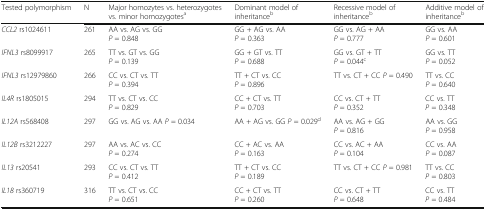
<table><thead><tr><td><b>Tested polymorphism</b></td><td><b>N</b></td><td><b>Major homozytes vs. heterozygotes vs. minor homozygotes<sup>a</sup></b></td><td><b>Dominant model of inheritance<sup>b</sup></b></td><td><b>Recessive model of inheritance<sup>b</sup></b></td><td><b>Additive model of inheritance<sup>b</sup></b></td></tr></thead><tbody><tr><td><i>CCL2</i> rs1024611</td><td>261</td><td>AA vs. AG vs. GG<i>P</i> = 0.848</td><td>GG + AG vs. AA<i>P</i> = 0.363</td><td>GG vs. AG + AA<i>P</i> = 0.777</td><td>GG vs. AA<i>P</i> = 0.601</td></tr><tr><td><i>IFNL3</i> rs8099917</td><td>265</td><td>TT vs. GT vs. GG<i>P</i> = 0.139</td><td>GG + GT vs. TT<i>P</i> = 0.688</td><td>GG vs. GT + TT<i>P</i> = 0.044<sup>c</sup></td><td>GG vs. TT<i>P</i> = 0.052</td></tr><tr><td><i>IFNL3</i> rs12979860</td><td>266</td><td>CC vs. CT vs. TT<i>P</i> = 0.394</td><td>TT + CT vs. CC<i>P</i> = 0.896</td><td>TT vs. CT + CC <i>P</i> = 0.490</td><td>TT vs. CC<i>P</i> = 0.640</td></tr><tr><td><i>IL4R</i> rs1805015</td><td>294</td><td>TT vs. CT vs. CC<i>P</i> = 0.829</td><td>CC + CT vs. TT<i>P</i> = 0.703</td><td>CC vs. CT + TT<i>P</i> = 0.352</td><td>CC vs. TT<i>P</i> = 0.348</td></tr><tr><td><i>IL12A</i> rs568408</td><td>297</td><td>GG vs. AG vs. AA <i>P</i> = 0.034</td><td>AA + AG vs. GG <i>P</i> = 0.029<sup>d</sup></td><td>AA vs. AG + GG<i>P</i> = 0.816</td><td>AA vs. GG<i>P</i> = 0.958</td></tr><tr><td><i>IL12B</i> rs3212227</td><td>297</td><td>AA vs. AC vs. CC<i>P</i> = 0.274</td><td>CC + AC vs. AA<i>P</i> = 0.163</td><td>CC vs. AC + AA<i>P</i> = 0.104</td><td>CC vs. AA<i>P</i> = 0.087</td></tr><tr><td><i>IL13</i> rs20541</td><td>293</td><td>CC vs. CT vs. TT<i>P</i> = 0.412</td><td>TT + CT vs. CC<i>P</i> = 0.189</td><td>TT vs. CT + CC <i>P</i> = 0.981</td><td>TT vs. CC<i>P</i> = 0.803</td></tr><tr><td><i>IL18</i> rs360719</td><td>316</td><td>TT vs. CT vs. CC<i>P</i> = 0.651</td><td>CC + CT vs. TT<i>P</i> = 0.260</td><td>CC vs. CT + TT<i>P</i> = 0.648</td><td>CC vs. TT<i>P</i> = 0.484</td></tr></tbody></table>